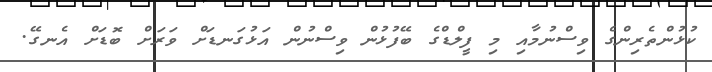
ކުޅުންތެރިންގެ ވިސްނުމާއި މި ފީލްޑްގެ ބޭފުޅުން ވިސްނުން އަޅުގަނޑަށް ވަރަށް ބޮޑަށް އެނގޭ.